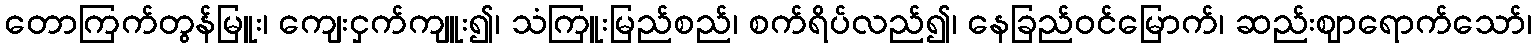
တောကြက်တွန်မြူး၊ ကျေးငှက်ကျူး၍၊ သံကြူးမြည်စည်၊ စက်ရိပ်လည်၍၊ နေခြည်ဝင်မြောက်၊ ဆည်းဈာရောက်သော်၊